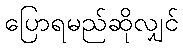
ပြောရမည်ဆိုလျှင်